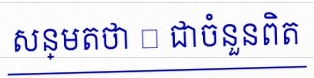
សន្មតថា x ជាចំនួនពិត